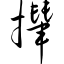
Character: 撵